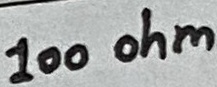
Text: 100 ohm